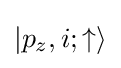
|p_{z},i;\uparrow \rangle